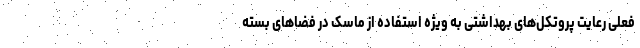
فعلی رعایت پروتکل‌های بهداشتی به ویژه استفاده از ماسک در فضاهای بسته